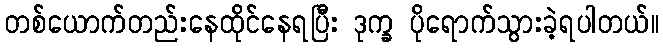
တစ်ယောက်တည်းနေထိုင်နေရပြီး ဒုက္ခ ပိုရောက်သွားခဲ့ရပါတယ်။